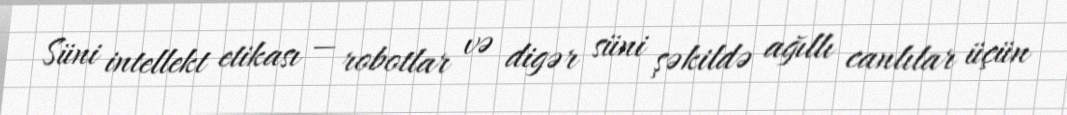
Süni intellekt etikası — robotlar və digər süni şəkildə ağıllı canlılar üçün